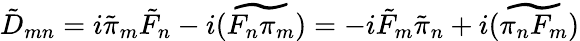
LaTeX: \tilde{D}_{mn}=i\tilde{\pi}_{m}\tilde{F}_{n}-i\widetilde{(F_{n}\pi_{m})}=-i\tilde{F}_{m}\tilde{\pi}_{n}+i\widetilde{(\pi_{n}F_{m})}